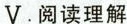
V.阅读理解